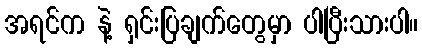
အရင်က နဲ့ ရှင်းပြချက်တွေမှာ ပါပြီးသားပါ။